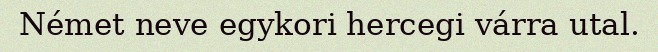
Német neve egykori hercegi várra utal.